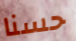
حسنا